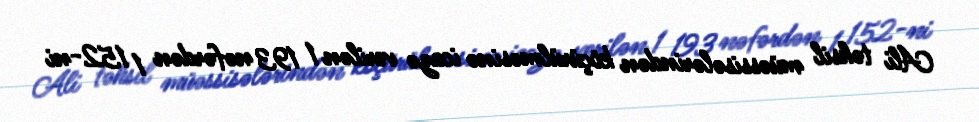
Ali təhsil müəssisələrindən köçürülməsinə icazə verilən 1 193 nəfərdən 1 152-ni